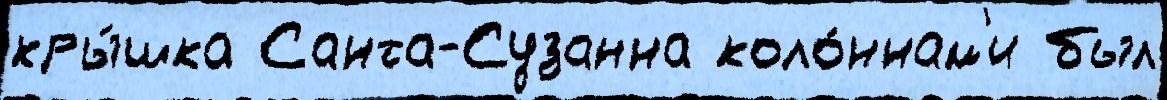
кры́шка Санта-Сузанна коло́ннам'и был